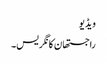
ویڈیو
راجستھان کانگریس۔